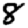
Digit: 8